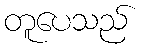
တူပေသည်